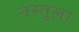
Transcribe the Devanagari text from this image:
नस्तुला